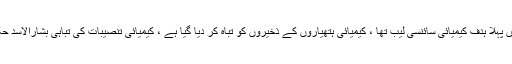
پینٹا گون کا کہنا تھا دمشق میں پہلا ہدف کیمیائی سائنسی لیب تھا ، کیمیائی ہتھیاروں کے ذخیروں کو تباہ کر دیا گیا ہے ، کیمیائی تنصیبات کی تباہی بشارالاسد حکومت کے لیے دھچکہ ہوگی۔